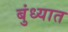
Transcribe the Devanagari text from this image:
बुंध्यात